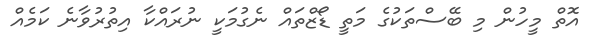
އޮތް މީހުން މި ބޭސްތަކުގެ މަތީ ޑޯޒްތައް ނެގުމަކީ ނުރައްކާ އިތުރުވާނެ ކަމެއް